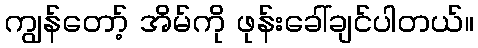
ကျွန်တော့် အိမ်ကို ဖုန်းခေါ်ချင်ပါတယ်။